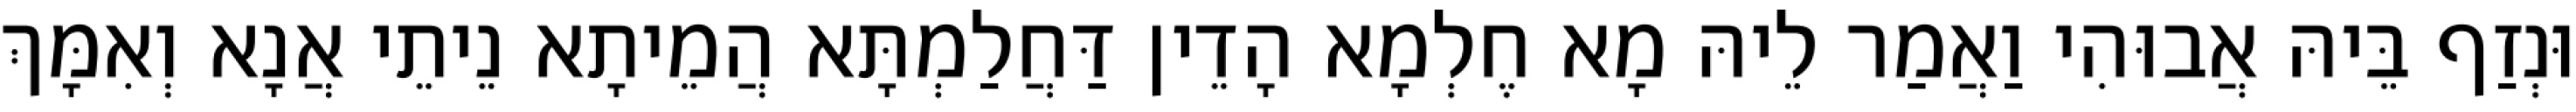
וּנְזַף בֵּיהּ אֲבוּהִי וַאֲמַר לֵיהּ מָא חֶלְמָא הָדֵין דַּחֲלַמְתָּא הֲמֵיתָא נֵיתֵי אֲנָא וְאִמָּךְ